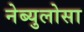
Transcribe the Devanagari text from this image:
नेब्युलोसा